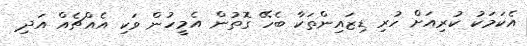
އެކަމަކު ކުރިއަށް ހުރި ޑިޒައިންތަކާ ބެހޭ ގޮތުން އެމީހުން ވަކި އެއްޗެއް އަދި